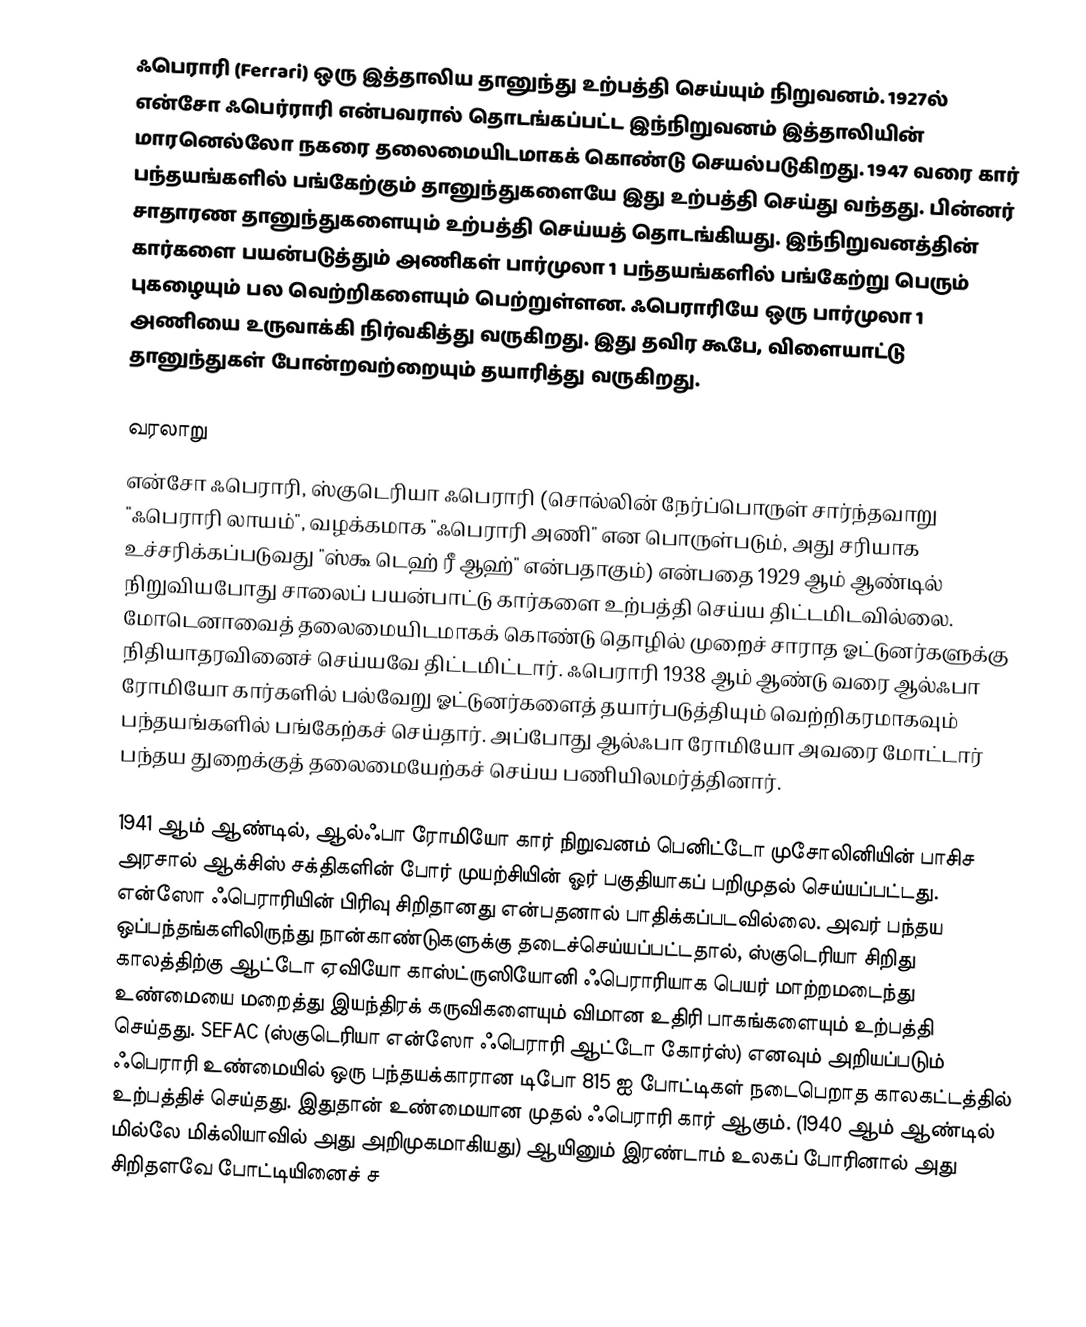
ஃபெராரி (Ferrari) ஒரு இத்தாலிய தானுந்து உற்பத்தி செய்யும் நிறுவனம். 1927ல் என்சோ ஃபெர்ராரி என்பவரால் தொடங்கப்பட்ட இந்நிறுவனம் இத்தாலியின் மாரனெல்லோ நகரை தலைமையிடமாகக் கொண்டு செயல்படுகிறது. 1947 வரை கார் பந்தயங்களில் பங்கேற்கும் தானுந்துகளையே இது உற்பத்தி செய்து வந்தது. பின்னர் சாதாரண தானுந்துகளையும் உற்பத்தி செய்யத் தொடங்கியது. இந்நிறுவனத்தின் கார்களை பயன்படுத்தும் அணிகள் பார்முலா 1 பந்தயங்களில் பங்கேற்று பெரும் புகழையும் பல வெற்றிகளையும் பெற்றுள்ளன. ஃபெராரியே ஒரு பார்முலா 1 அணியை உருவாக்கி நிர்வகித்து வருகிறது. இது தவிர கூபே, விளையாட்டு தானுந்துகள் போன்றவற்றையும் தயாரித்து வருகிறது.

வரலாறு
என்சோ ஃபெராரி, ஸ்குடெரியா ஃபெராரி (சொல்லின் நேர்ப்பொருள் சார்ந்தவாறு "ஃபெராரி லாயம்", வழக்கமாக "ஃபெராரி அணி" என பொருள்படும், அது சரியாக உச்சரிக்கப்படுவது "ஸ்கூ டெஹ் ரீ ஆஹ்" என்பதாகும்) என்பதை 1929 ஆம் ஆண்டில் நிறுவியபோது சாலைப் பயன்பாட்டு கார்களை உற்பத்தி செய்ய திட்டமிடவில்லை. மோடெனாவைத் தலைமையிடமாகக் கொண்டு தொழில் முறைச் சாராத ஓட்டுனர்களுக்கு நிதியாதரவினைச் செய்யவே திட்டமிட்டார். ஃபெராரி 1938 ஆம் ஆண்டு வரை ஆல்ஃபா ரோமியோ கார்களில் பல்வேறு ஓட்டுனர்களைத் தயார்படுத்தியும் வெற்றிகரமாகவும் பந்தயங்களில் பங்கேற்கச் செய்தார். அப்போது ஆல்ஃபா ரோமியோ அவரை மோட்டார் பந்தய துறைக்குத் தலைமையேற்கச் செய்ய பணியிலமர்த்தினார்.

1941 ஆம் ஆண்டில், ஆல்ஃபா ரோமியோ கார் நிறுவனம் பெனிட்டோ முசோலினியின் பாசிச அரசால் ஆக்சிஸ் சக்திகளின் போர் முயற்சியின் ஓர் பகுதியாகப் பறிமுதல் செய்யப்பட்டது. என்ஸோ ஃபெராரியின் பிரிவு சிறிதானது என்பதனால் பாதிக்கப்படவில்லை. அவர் பந்தய ஒப்பந்தங்களிலிருந்து நான்காண்டுகளுக்கு தடைச்செய்யப்பட்டதால், ஸ்குடெரியா சிறிது காலத்திற்கு ஆட்டோ ஏவியோ காஸ்ட்ருஸியோனி ஃபெராரியாக பெயர் மாற்றமடைந்து உண்மையை மறைத்து இயந்திரக் கருவிகளையும் விமான உதிரி பாகங்களையும் உற்பத்தி செய்தது. SEFAC (ஸ்குடெரியா என்ஸோ ஃபெராரி ஆட்டோ கோர்ஸ்) எனவும் அறியப்படும் ஃபெராரி உண்மையில் ஒரு பந்தயக்காரான டிபோ 815 ஐ போட்டிகள் நடைபெறாத காலகட்டத்தில் உற்பத்திச் செய்தது. இதுதான் உண்மையான முதல் ஃபெராரி கார் ஆகும். (1940 ஆம் ஆண்டில் மில்லே மிக்லியாவில் அது அறிமுகமாகியது) ஆயினும் இரண்டாம் உலகப் போரினால் அது சிறிதளவே போட்டியினைச் ச